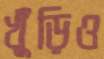
খুঁড়িও